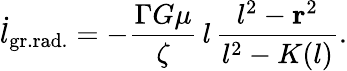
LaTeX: {\dot{l}}_{\mathrm{gr.rad.}}=-{\frac{\Gamma G\mu}{\zeta}}\, l\, {\frac{l^{2}-{\mathbf r}^{2}}{l^{2}-K(l)}}.